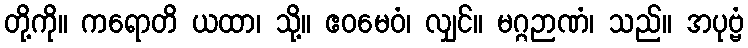
တို့ကို။ ကရောတိ ယထာ၊ သို့။ ဧဝမေဝံ၊ လျှင်။ မဂ္ဂဉာဏံ၊ သည်။ အပုဗ္ဗံ